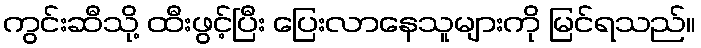
ကွင်းဆီသို့ ထီးဖွင့်ပြီး ပြေးလာနေသူများကို မြင်ရသည်။